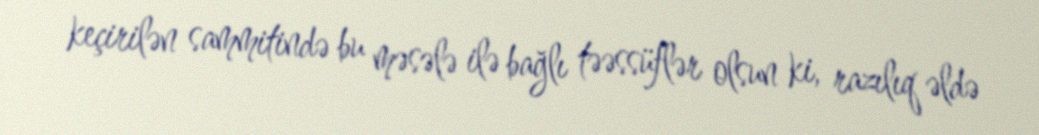
keçirilən sammitində bu məsələ ilə bağlı təəssüflər olsun ki, razılıq əldə